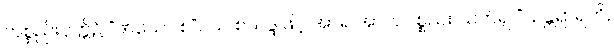
ကစ္စည်းဝုတ္တိ၌ “ဏယော စ”ဝယ် စသဒ္ဒါဖြင့် အာရ အာလပစ္စည်း သက်၍ “သန္တရာရတိ,